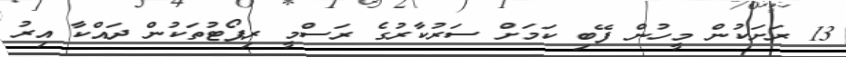
13 ރަށަކުން މީހުން ފޭބި ކަމަށް ސަރުކާރުގެ ރަސްމީ ރިޕޯޓުތަކުން ދައްކާ އިރު